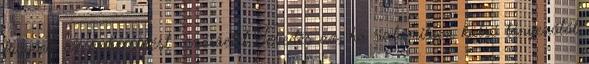
függővé az önbecsülést önérzetet Tévedés az, ha valamilyen külső tényezőtől